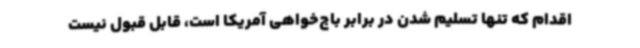
اقدام که تنها تسلیم شدن در برابر باج‌خواهی آمریکا است، قابل قبول نیست